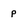
Character: p